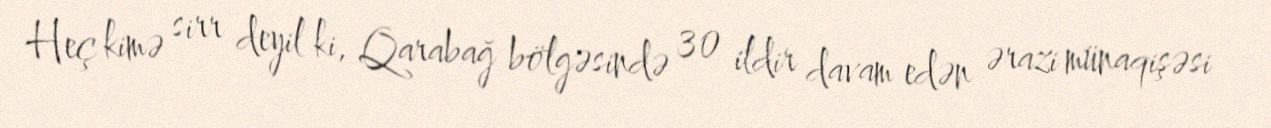
Heç kimə sirr deyil ki, Qarabağ bölgəsində 30 ildir davam edən ərazi münaqişəsi